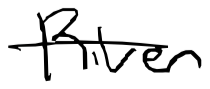
Text: River
Cross-out: single-line
Writing tool: digital_black